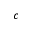
c